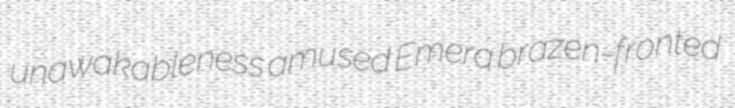
unawakableness amused Emera brazen-fronted